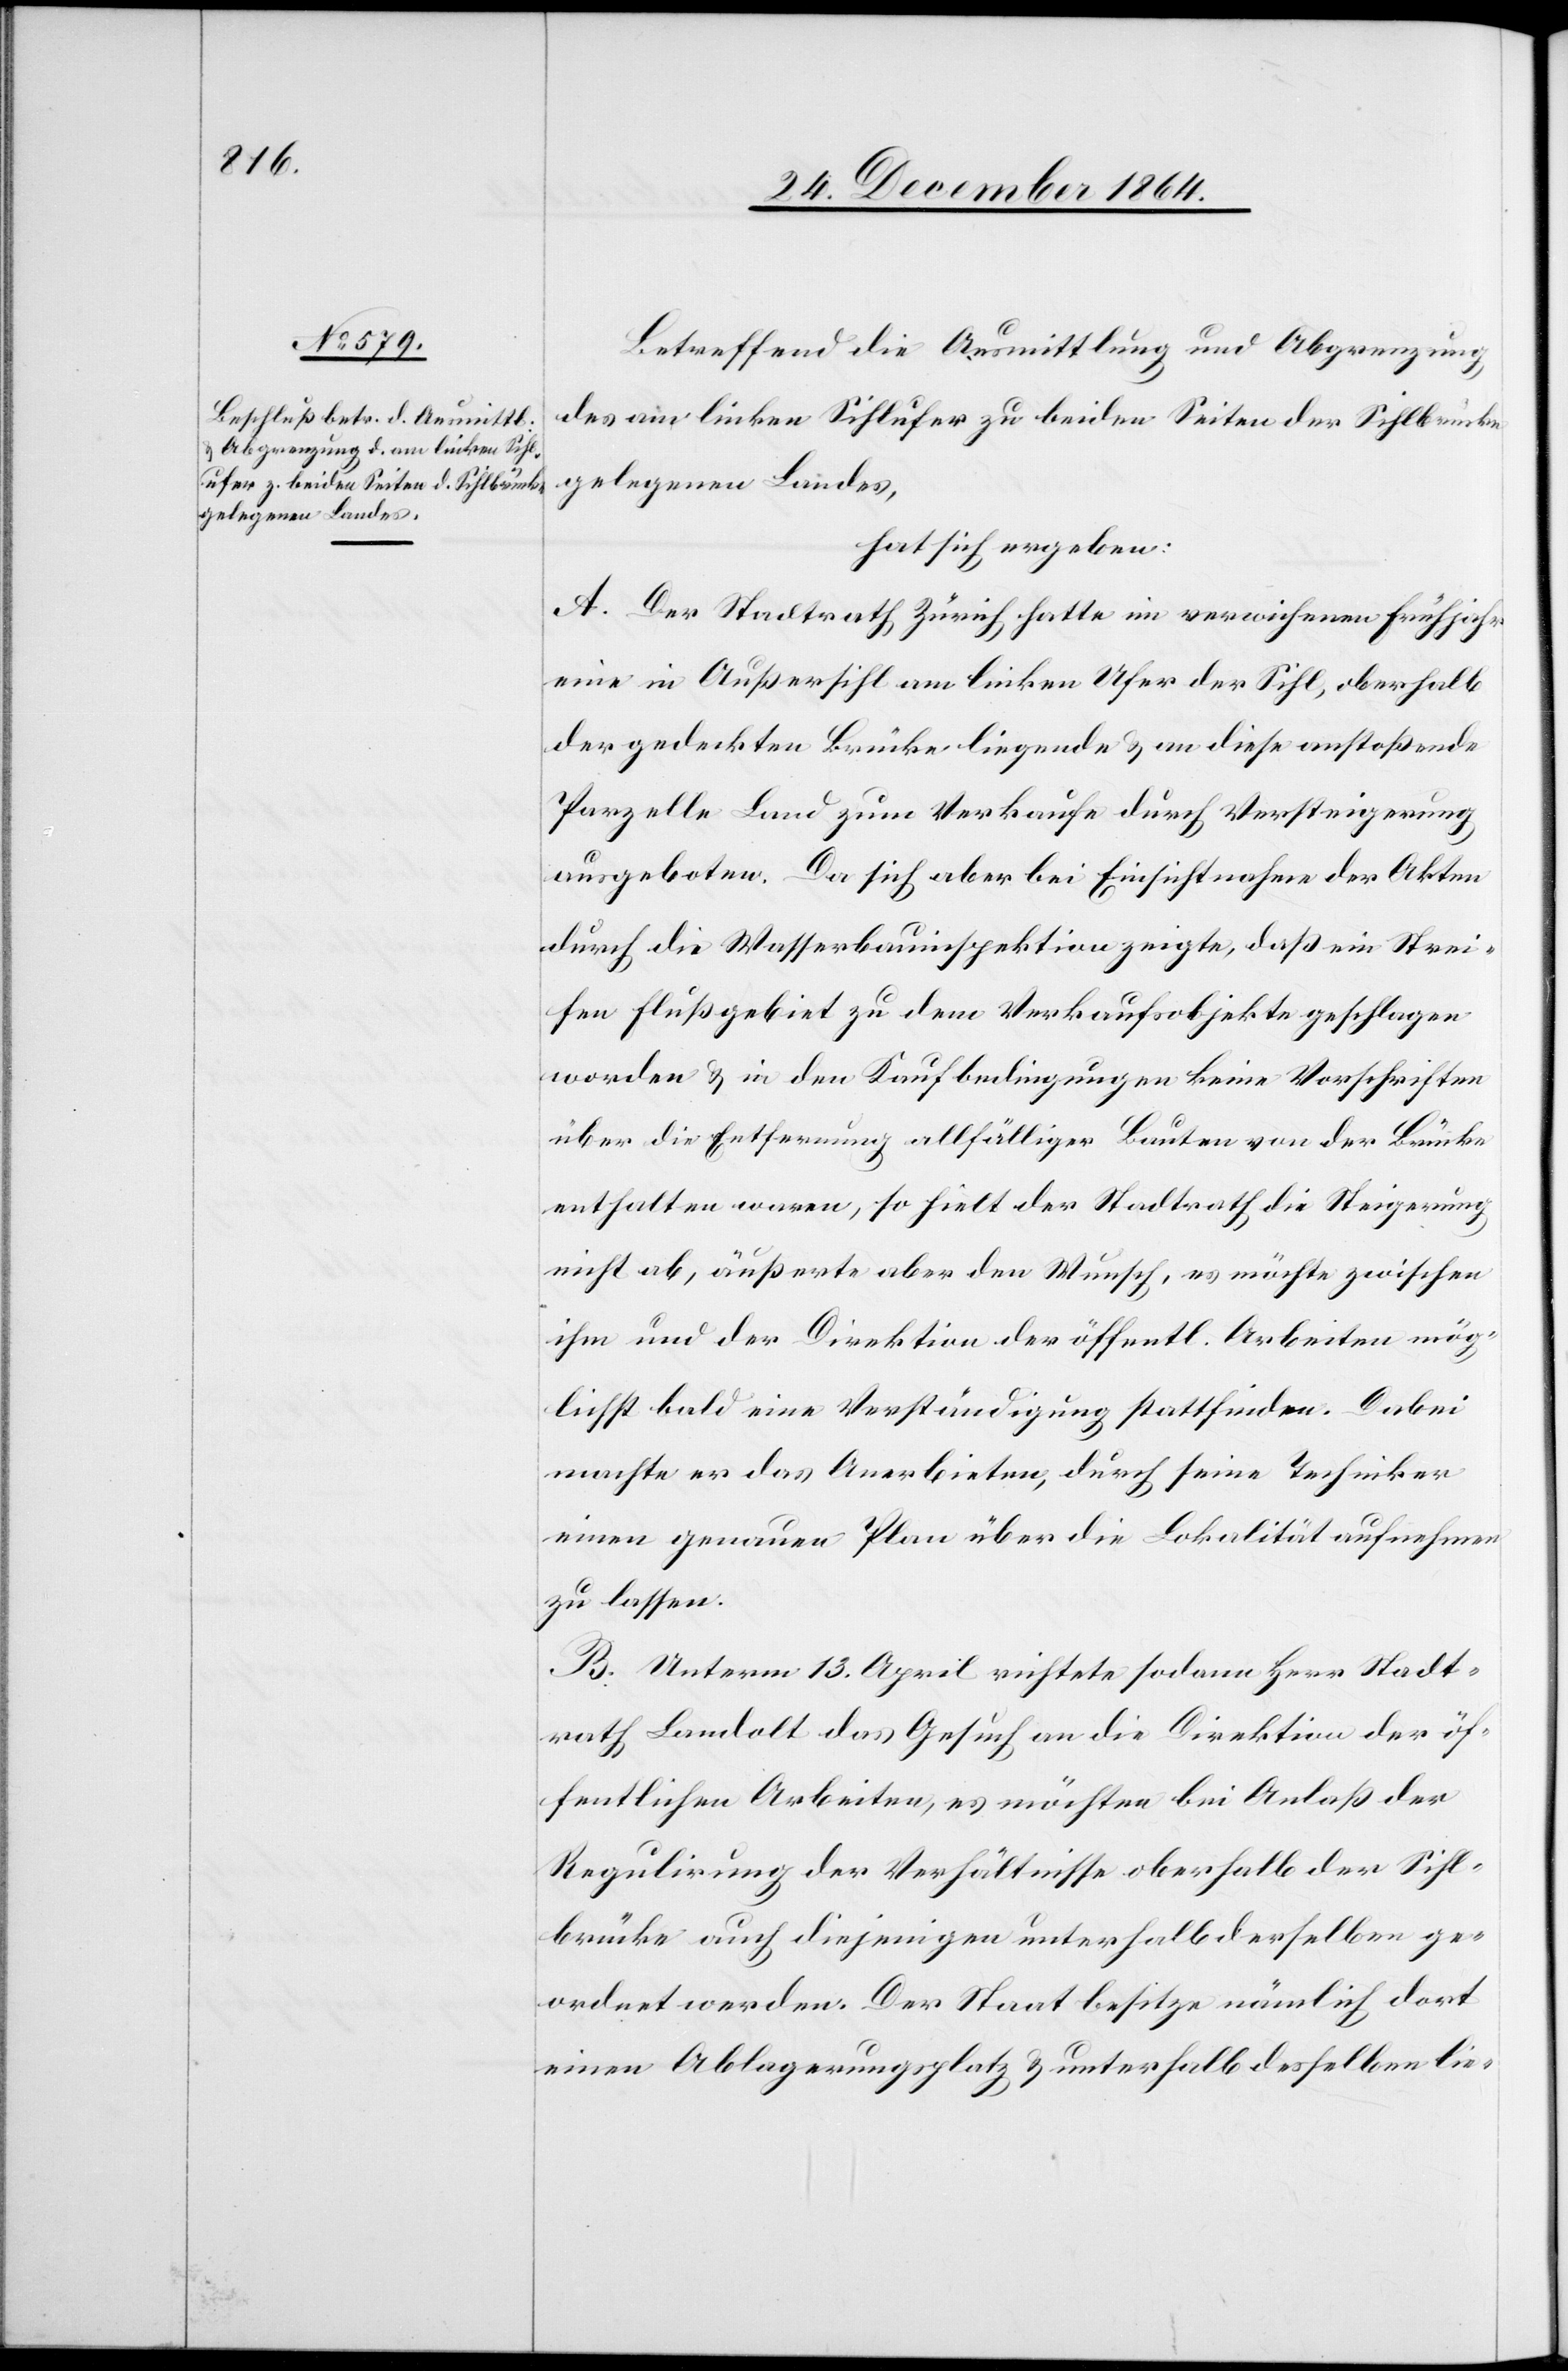
Betreffend die Ausmittlung und Abgrenzung
des am linken Sihlufer zu beiden Seiten der Sihlbrücke
gelegenen Landes,
hat sich ergeben:
A. Der Stadtrath Zürich hatte im verwichenen Frühjahr
eine in Außersihl am linken Ufer der Sihl, oberhalb
der gedeckten Brücke liegende & an dieselbe anstoßende
Parzelle Land zum Verkaufe durch Versteigerung
angeboten. Da sich aber bei Einsichtnahme der Akten
durch die Wasserbauinspektion zeigte, daß ein Strei¬
fen Flußgebiet zu dem Verkaufsobjekte geschlagen
worden & in den Kaufbedingungen keine Vorschriften
über die Entfernung allfälliger Bauten von der Brücke
enthalten waren, so hielt der Stadtrath die Steigerung
nicht ab, äußerte aber den Wunsch, es möchte zwischen
ihm und der Direktion der öffentl. Arbeiten mög¬
lichst bald eine Verständigung stattfinden. Dabei
machte er das Anerbieten, durch seine Techniker
einen genauen Plan über die Lokalität aufnehmen
zu lassen.
B. Unterm 13. April richtete sodann Herr Stadt¬
rath Landolt das Gesuch an die Direktion der öf¬
fentlichen Arbeiten, es möchten bei Anlaß der
Regulirung der Verhältnisse oberhalb der Sihl¬
brücke auch diejenigen unterhalb der selben ge¬
ordnet werden. Der Staat besitze nämlich dort
einen Ablagerungsplatz & unterhalb desselben lie-